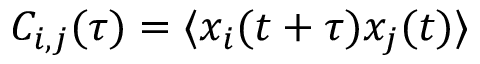
C _ { i , j } ( \tau ) = \langle x _ { i } ( t + \tau ) x _ { j } ( t ) \rangle